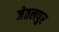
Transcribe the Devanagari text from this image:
जेतलपुर